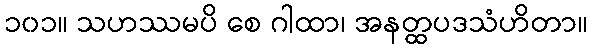
၁၀၁။ သဟဿမပိ စေ ဂါထာ၊ အနတ္ထပဒသံဟိတာ။